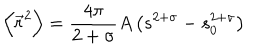
\left\langle { \vec { r } ^ { 2 } } \right\rangle = \frac { 4 \pi } { 2 + \sigma } A \left( s ^ { 2 + \sigma } - s _ { 0 } ^ { 2 + \sigma } \right)